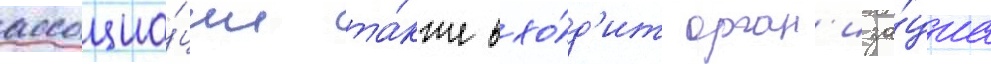
ассоциа́ции та́кже вхо́д'ит орган'иза́циа